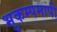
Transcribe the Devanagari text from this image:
भुकम्पमापी